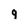
Character: 9